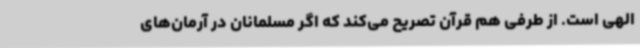
الهی است. از طرفی هم قرآن تصریح می‌کند که اگر مسلمانان در آرمان‌های